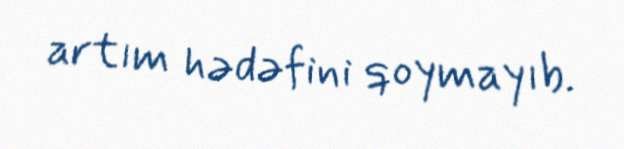
artım hədəfini qoymayıb.